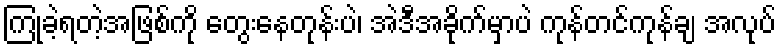
ကြုံခဲ့ရတဲ့အဖြစ်ကို တွေးနေတုန်းပဲ၊ အဲဒီအခိုက်မှာပဲ ကုန်တင်ကုန်ချ အလုပ်